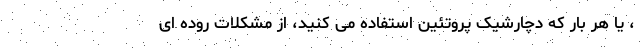
، یا هر بار که دچارشیک پروتئین استفاده می کنید، از مشکلات روده ای